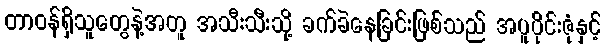
တာဝန်ရှိသူတွေနဲ့အတူ အသီးသီးသို့ ခက်ခဲနေခြင်းဖြစ်သည် အပူပိုင်းဇုံနှင့်